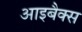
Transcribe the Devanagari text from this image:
आइबैक्स